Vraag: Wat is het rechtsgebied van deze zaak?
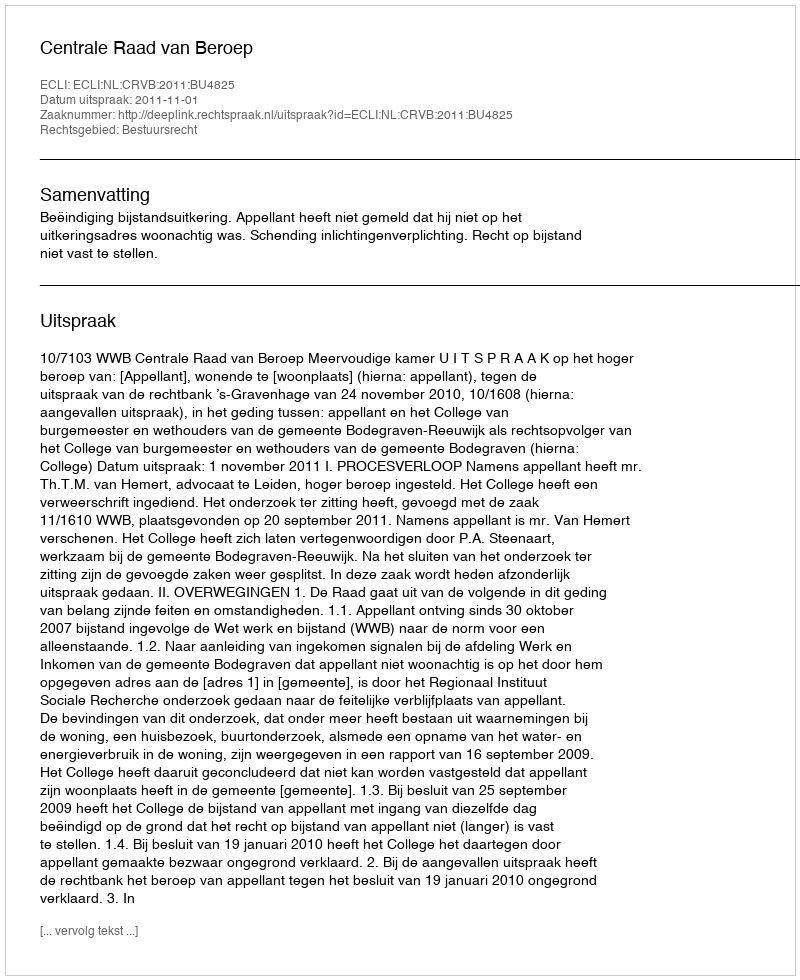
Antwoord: Bestuursrecht